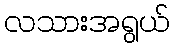
လသားအရွယ်